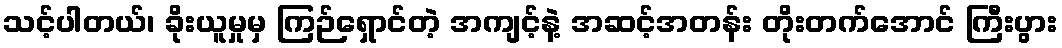
သင့်ပါတယ်၊ ခိုးယူမှုမှ ကြဉ်ရှောင်တဲ့ အကျင့်နဲ့ အဆင့်အတန်း တိုးတက်အောင် ကြီးပွား